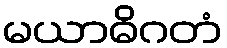
မယာဓိဂတံ